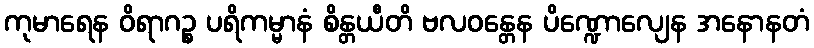
ကုမာရေန ဝိရာဂဉ္စ ပရိကမ္မာနံ စိန္တယီတိ ဗလဝန္တေန ပိဏ္ဍောလျေန အနောနတံ